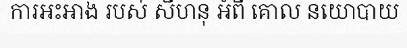
ការអះអាង របស់ សីហនុ អំពី គោល នយោបាយ